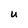
Character: U